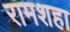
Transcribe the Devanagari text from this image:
रामशहा